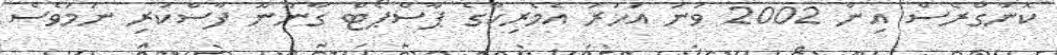
ކޮންގްރެސް އިން 2002 ވަނަ އަހަރު އެމެރިކާގެ ޕާސްޕޯޓް ގާނޫނޫ ފާސްކުރި ނަމަވެސް